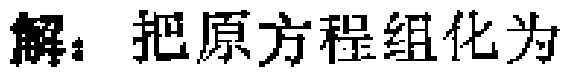
解：把原方程组化为